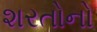
શરતોનો